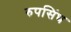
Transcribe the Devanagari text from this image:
रुपसिंघ